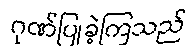
ဂုဏ်ပြုခဲ့ကြသည်